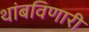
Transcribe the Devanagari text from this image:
थांबविणारी